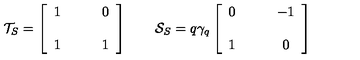
{ \cal T } _ { S } = \left[ \begin{array} { c c } { 1 } & { \qquad 0 } \\ { } & { } \\ { 1 } & { \qquad 1 } \\ \end{array} \right] \qquad { \cal S } _ { S } = q \gamma _ { q } \left[ \begin{array} { c c } { 0 } & { \qquad - 1 } \\ { } & { } \\ { 1 } & { \qquad 0 } \\ \end{array} \right]